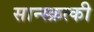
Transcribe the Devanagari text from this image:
सान्स्क्रत्की